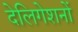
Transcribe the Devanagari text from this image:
देलिगेशनों